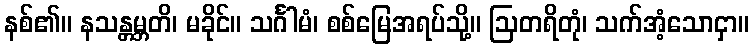
နစ်၏။ နသန္တမ္ဘတိ၊ မခိုင်။ သင်္ဂါမံ၊ စစ်မြေအရပ်သို့။ ဩတရိတုံ၊ သက်အံ့သောငှာ။